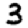
Digit: 3